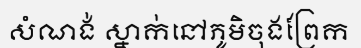
សំណង់ ស្នាក់នៅភូមិចុងព្រែក